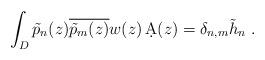
LaTeX: \begin{align*}\int_D \tilde{p}_n(z)\overline{\tilde{p}_m(z)} w(z)\,\d{A}(z)=\delta_{n,m}\tilde{h}_n\ .\end{align*}